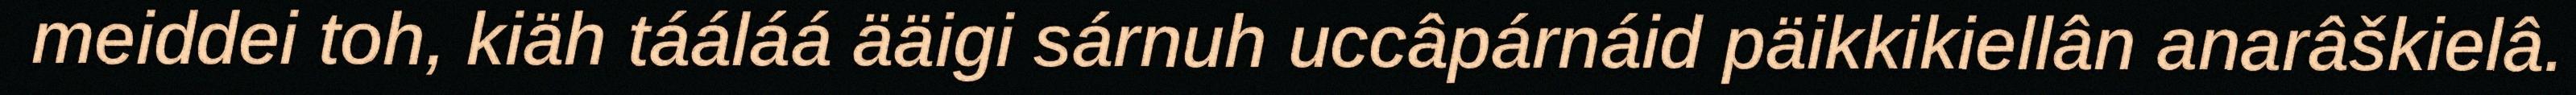
meiddei toh, kiäh tááláá ääigi sárnuh uccâpárnáid päikkikiellân anarâškielâ.